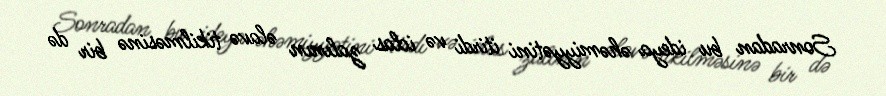
Sonradan bu ideya əhəmiyyətini itirdi və iclas zalının əlavə tikilməsinə bir də